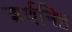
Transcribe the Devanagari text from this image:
अर्थनिष्ठ